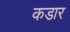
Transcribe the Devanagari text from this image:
कडार